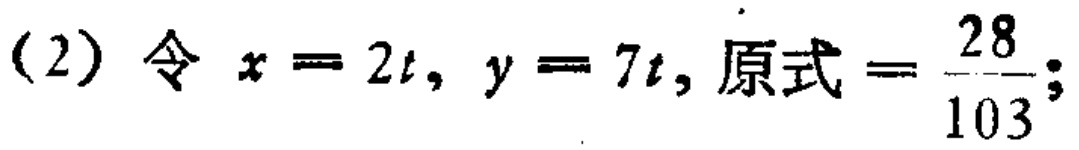
(2) 令 \(x = 2t, y = 7t\), 原式 \(=\frac{28}{103}\);